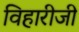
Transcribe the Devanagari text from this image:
विहारीजी